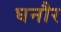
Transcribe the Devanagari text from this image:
घनौर